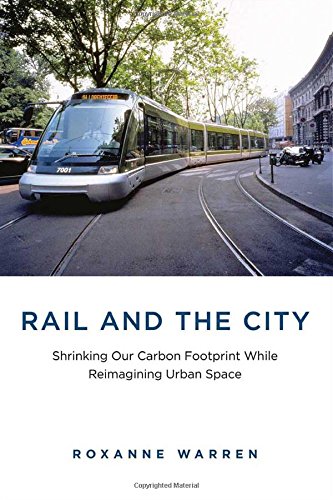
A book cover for Rail and the City: Shrinking Our Carbon Footprint While Reimagining Urban Space (Urban and Industrial Environments); Roxanne Warren; Engineering & Transportation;